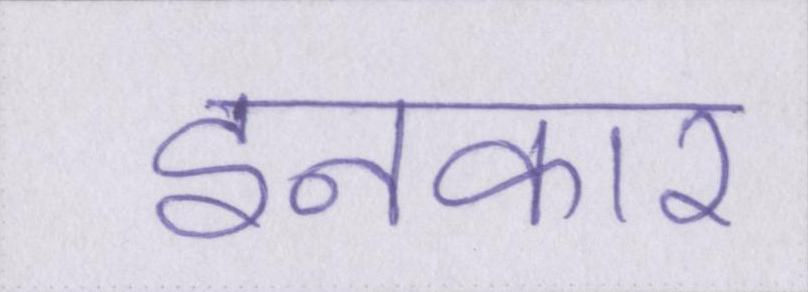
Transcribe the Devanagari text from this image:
इनकार